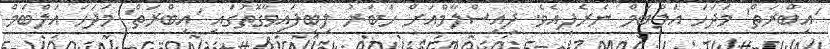
'އިބްރަތް' މަދަހަ އަލްބަމް ނެރެފިއެވެ. ދިއިސްލާމްއަށް ހަބަރު ލިބިފައިވާގޮތުގައި 'އިބްރަތް' މަދަހަ އަލްބަމް